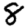
Digit: 8